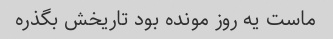
ماست یه روز مونده بود تاریخش بگذره